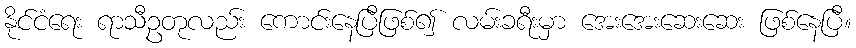
နိုင်ငံရေး ရာသီဥတုလည်း ကောင်းနေပြီဖြစ်၍ လမ်းခရီးမှာ အေးအေးဆေးဆေး ဖြစ်နေပြီ။